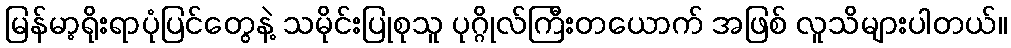
မြန်မာ့ရိုးရာပုံပြင်တွေနဲ့ သမိုင်းပြုစုသူ ပုဂ္ဂိုလ်ကြီးတယောက် အဖြစ် လူသိများပါတယ်။